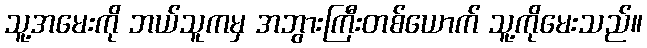
သူ့အမေးကို ဘယ်သူကမှ အဘွားကြီးတစ်ယောက် သူ့ကိုမေးသည်။